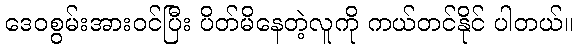
ဒေဝစွမ်းအားဝင်ပြီး ပိတ်မိနေတဲ့လူကို ကယ်တင်နိုင် ပါတယ်။